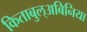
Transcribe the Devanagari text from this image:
किताबुल्अबिनिया